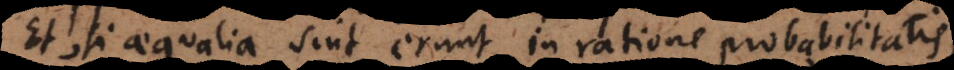
Et, si aequalia sint erunt in ratione probabilitatis,